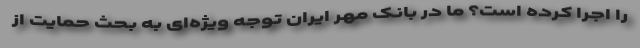
را اجرا کرده است؟ ما در بانک مهر ایران توجه ویژه‌ای به بحث حمایت از